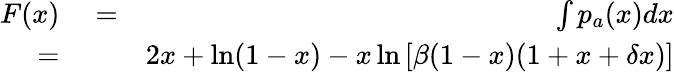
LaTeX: \begin{array}{rlr}{F(x)}&{{}=}&{\int{{p_{a}}(x)dx}}\\ {=}&{{}}&{2x+\ln({1-x})-x\ln\left[{\beta({1-x})({1+x+\delta x})}\right]}\end{array}